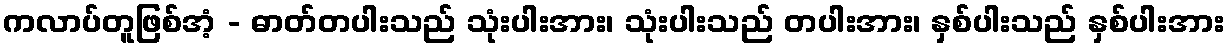
ကလာပ်တူဖြစ်အံ့ - ဓာတ်တပါးသည် သုံးပါးအား၊ သုံးပါးသည် တပါးအား၊ နှစ်ပါးသည် နှစ်ပါးအား